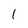
Character: 1